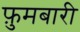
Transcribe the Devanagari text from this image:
फ़ुमबारी